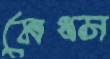
মেধস